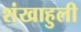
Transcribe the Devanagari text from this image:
शंखाहुली